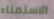
الاستمناء